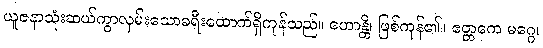
ယူဇနာသုံးဆယ်ကွာလှမ်းသောခရီးထောက်ရှိကုန်သည်။ ဟောန္တိ၊ ဖြစ်ကုန်၏။ ဧတ္တကေ မဂ္ဂေ၊